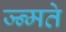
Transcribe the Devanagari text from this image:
ज्न्मते